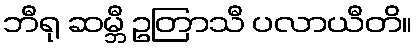
ဘီရု ဆမ္ဘီ ဥတြာသီ ပလာယီတိ။